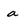
Character: a